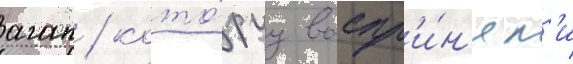
агап / кото́руу воспр'и́н'ял'и